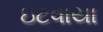
ઇટવાયા